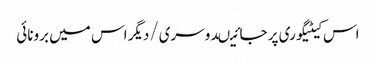
اس کیٹیگوری پر جائیںدوسری/دیگر اس میں برونائی